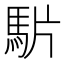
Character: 𩢝